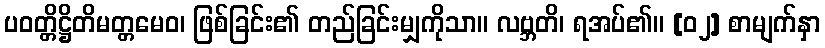
ပဝတ္တိဋ္ဌိတိမတ္တမေဝ၊ ဖြစ်ခြင်း၏ တည်ခြင်းမျှကိုသာ။ လဗ္ဘတိ၊ ရအပ်၏။ [၀၂] စာမျက်နှာ